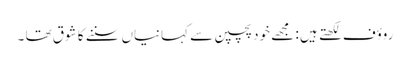
روؤف لکھتے ہیں : مجھے خود پچپن سے کہانیاں سننے کا شوق تھا ۔